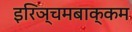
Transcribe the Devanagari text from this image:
इरिञ्चमबाक्कम